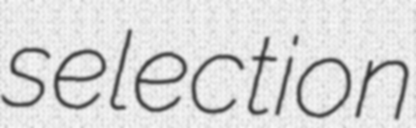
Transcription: selection